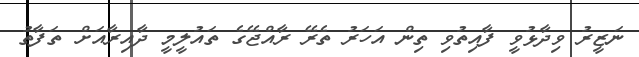
ނަޒީރު ވިދާޅުވީ ފާއިތުވި ތިން އަހަރު ތެރޭ ރާއްޖޭގެ ތައުލީމީ ދާއިރާއަށް ތަފާތު